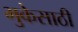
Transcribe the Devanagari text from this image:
भुकेसाठी